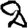
Digit: 2